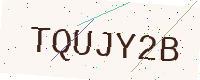
Text: TQUJY2B